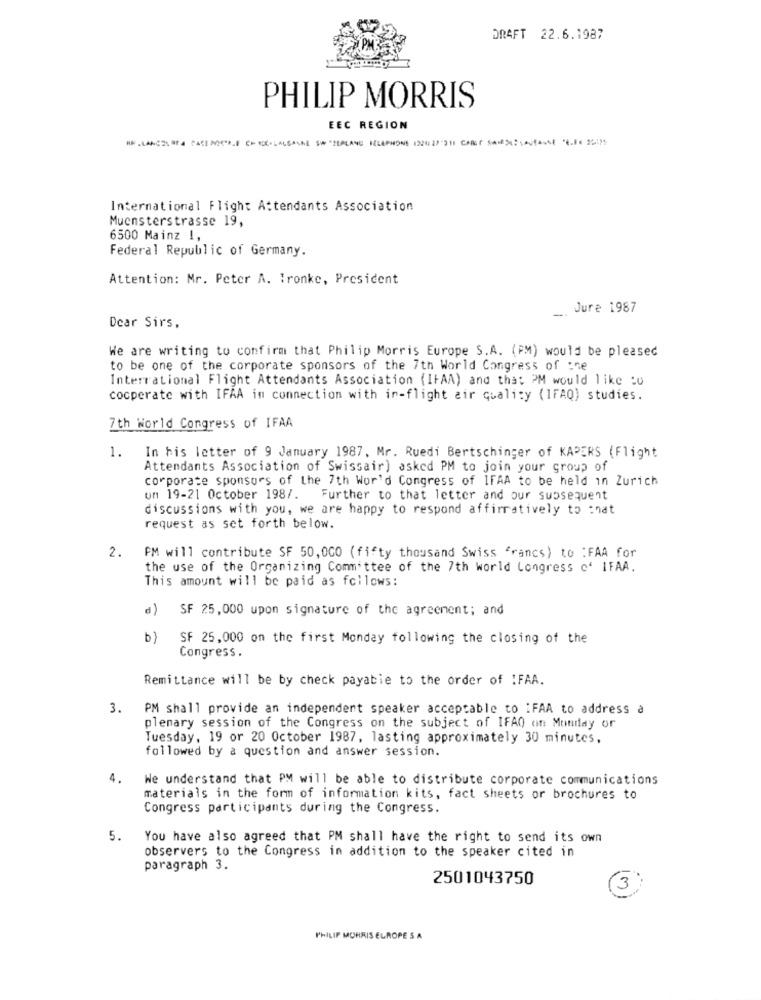
DRAFT 22.6.1987
PHILIP MORRIS
EEC REGION
International Flight Attendants Association
Muensterstrasse 19,
6500 Mainz !,
Federal Republic of Germany.
Attention: Mr. Peter A. Tronke, President
Jure 1987
Dear Sirs,
We are writing to confirm that Philip Morris Europe S.A. (PM) would be pleased
to be one of the corporate sponsors of the 7th World Congress of the
Interrational Flight Attendants Association (IFAA) and that PM would like :0
cooperate with IFAA in connection with in-flight air quality (1FAQ) studies.
7th World Congress of IFAA
1.
In his letter of 9 January 1987, Mr. Ruedi Bertschinger of KAPERS (Flight
Attendants Association of Swissair) asked PM to join your group of
corporate sponsors of the 7th Wor'd Congress of IFAA to be held in Zurich
on 19-21 October 198/. Further to that letter and our subsequent
discussions with you, we are happy to respond affiratively to :nat
request as set forth below.
2.
PM will contribute SF 50,000 (fifty thousand Swiss francs) to : FAA for
the use of the Organizing Committee of the 7th world Congress c' IFAA.
This amount will be paid as follows:
SF 25,000 upon signature of the agreement; and
b)
SF 25,000 on the first Monday following the closing of the
Congress.
Remittance will be by check payable to the order of :FAA.
. PM shall provide an independent speaker acceptable to :FAA to address à
m
plenary session of the Congress on the subject of IFAO on Monday or
Tuesday, 19 or 20 October 1987, lasting approximately 30 minutes,
followed by a question and answer session.
4.
We understand that PM will be able to distribute corporate communications
materials in the form of information kits, fact sheets or brochures to
Congress participants during the Congress.
5.
You have also agreed that PM shall have the right to send its own
observers to the Congress in addition to the speaker cited in
paragraph 3.
2501043750
3
PHILIP MORRIS EUROPE S A